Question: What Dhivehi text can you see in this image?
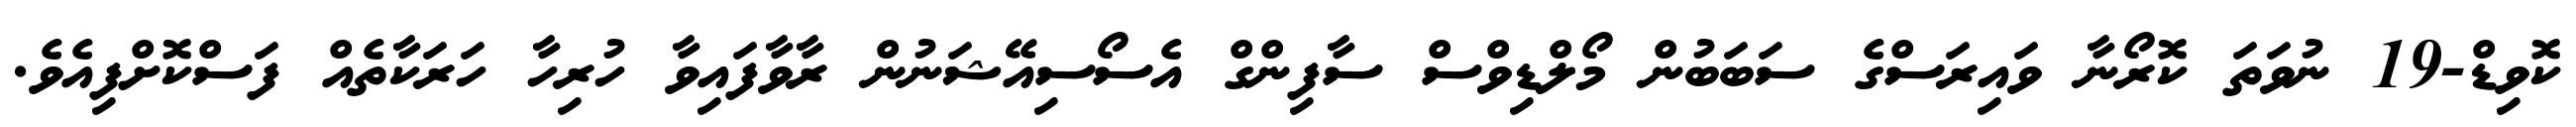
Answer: ކޮވިޑް-19 ނުވަތަ ކޮރޯނާ ވައިރަސްގެ ސަބަބުން މޯލްޑިވްސް ސާފިންގް އެސޯސިއޭޝަނުން ރާވާފައިވާ ހުރިހާ ހަރަކާތެއް ފަސްކޮށްފިއެވެ.